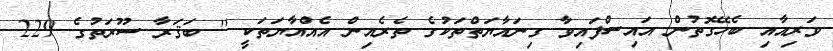
ވަރިއާއި ބެހޭގޮތުން އައިސްފައިވާ ގިނައާޔަތްތަކުގެ ތެރެއިން އެއްއާޔަތަކީ '' ބަޤަރާ ސޫރަތުގެ 229